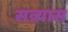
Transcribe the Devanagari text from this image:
सन्न्यास